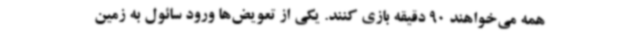
همه می‌خواهند 90 دقیقه بازی کنند. یکی از تعویض‌ها ورود سائول به زمین